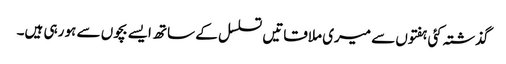
گذشتہ کئی ہفتوں سے میری ملاقاتیں تسلسل کے ساتھ ایسے بچوں سے ہو رہی ہیں۔